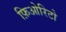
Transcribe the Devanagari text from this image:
फ़िओरिटो